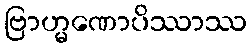
ဗြာဟ္မဏောပိဿာဿ